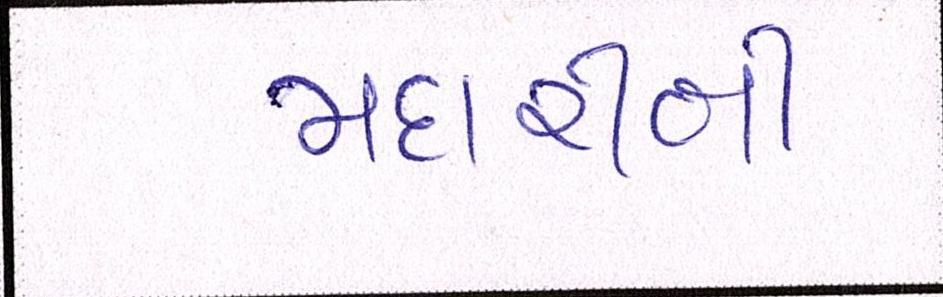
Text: મદારીની